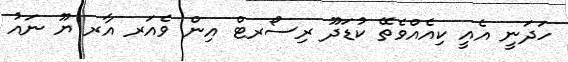
ހަދަނީ އެއީ ކިއެއްވެތޭ ކުޑަދޫ ރިސޯރޓް އިން ވެއަރ އާރ ޔޫ ނައު